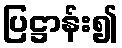
ပြဋ္ဌာန်း၍